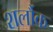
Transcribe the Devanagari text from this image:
शर्लौक